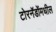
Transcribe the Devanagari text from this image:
टोरनॅडोंमधील